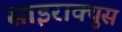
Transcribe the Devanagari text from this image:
साइराक्युस